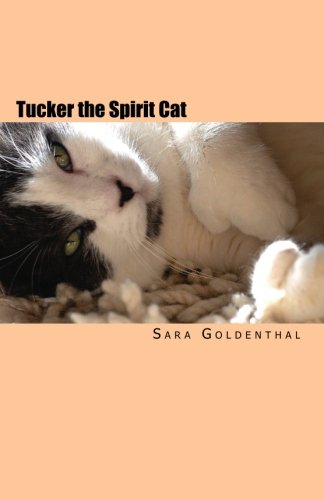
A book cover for Tucker the Spirit Cat: A Meditation on Love and Hope for Anyone Grieving the Loss of an Animal Friend; Sara Goldenthal; Crafts, Hobbies & Home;